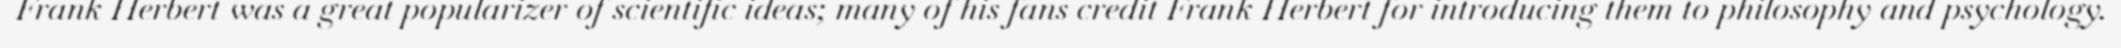
Frank Herbert was a great popularizer of scientific ideas; many of his fans credit Frank Herbert for introducing them to philosophy and psychology.